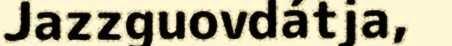
Jazzguovdátja,